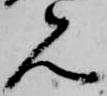
見